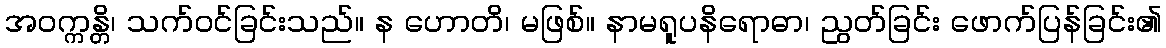
အဝက္ကန္တိ၊ သက်ဝင်ခြင်းသည်။ န ဟောတိ၊ မဖြစ်။ နာမရူပနိရောဓာ၊ ညွတ်ခြင်း ဖောက်ပြန်ခြင်း၏